Civil Veterinary Department Bengal reports 1933-51 - 1933-1951
Year: 1933
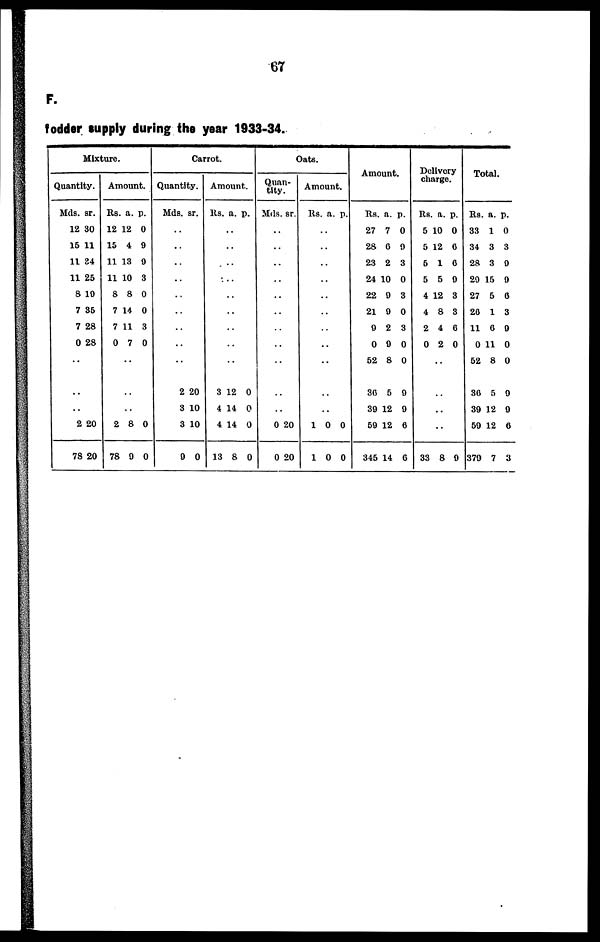
67
F.
fodder supply during the year 1933-34.
Mixture.
Quantity.
Mds.
12
15
11
11
8
7
7
0
..
..
..
2
78
sr.
30
11
84
25
10
35
28
28
20
20
Amount.
Rs.
12
15
11
11
8
7
7
0
..
..
..
2
78
a.
12
4
13
10
8
14
11
7
8
9
p.
0
9
9
3
0
0
3
0
0
0
Carrot.
Quantity.
Mds.
..
..
..
..
..
..
..
..
..
2
3
3
9
sr.
20
10
10
0
Amount.
Rs.
..
..
..
..
..
..
..
..
..
3
4
4
13
a.
12
14
14
8
p.
0
0
0
0
Oats.
Quan¬
tity.
Mds.
..
..
..
..
..
..
..
..
..
..
..
0
0
sr.
20
20
Amount.
Rs.
..
..
..
..
..
..
..
..
..
..
..
1
1
a.
0
0
p.
0
0
Amount.
Rs.
27
28
23
24
22
21
9
0
52
36
39
59
345
a.
7
0
2
10
9
9
2
9
8
5
12
12
14
p.
0
9
3
0
3
0
3
0
0
9
9
6
0
Delivery
charge.
Rs.
5
5
5
5
4
4
2
0
..
..
..
..
33
a.
10
12
12
5
12
8
4
2
8
p.
0
0
6
9
3
3
6
0
0
Total.
Rs.
33
34
28
29
27
20
11
0
52
36
39
59
379
a.
1
3
3
15
5
1
0
11
8
5
12
12
7
p.
0
3
9
9
0
3
9
0
0
9
9
6
3